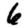
Digit: 6